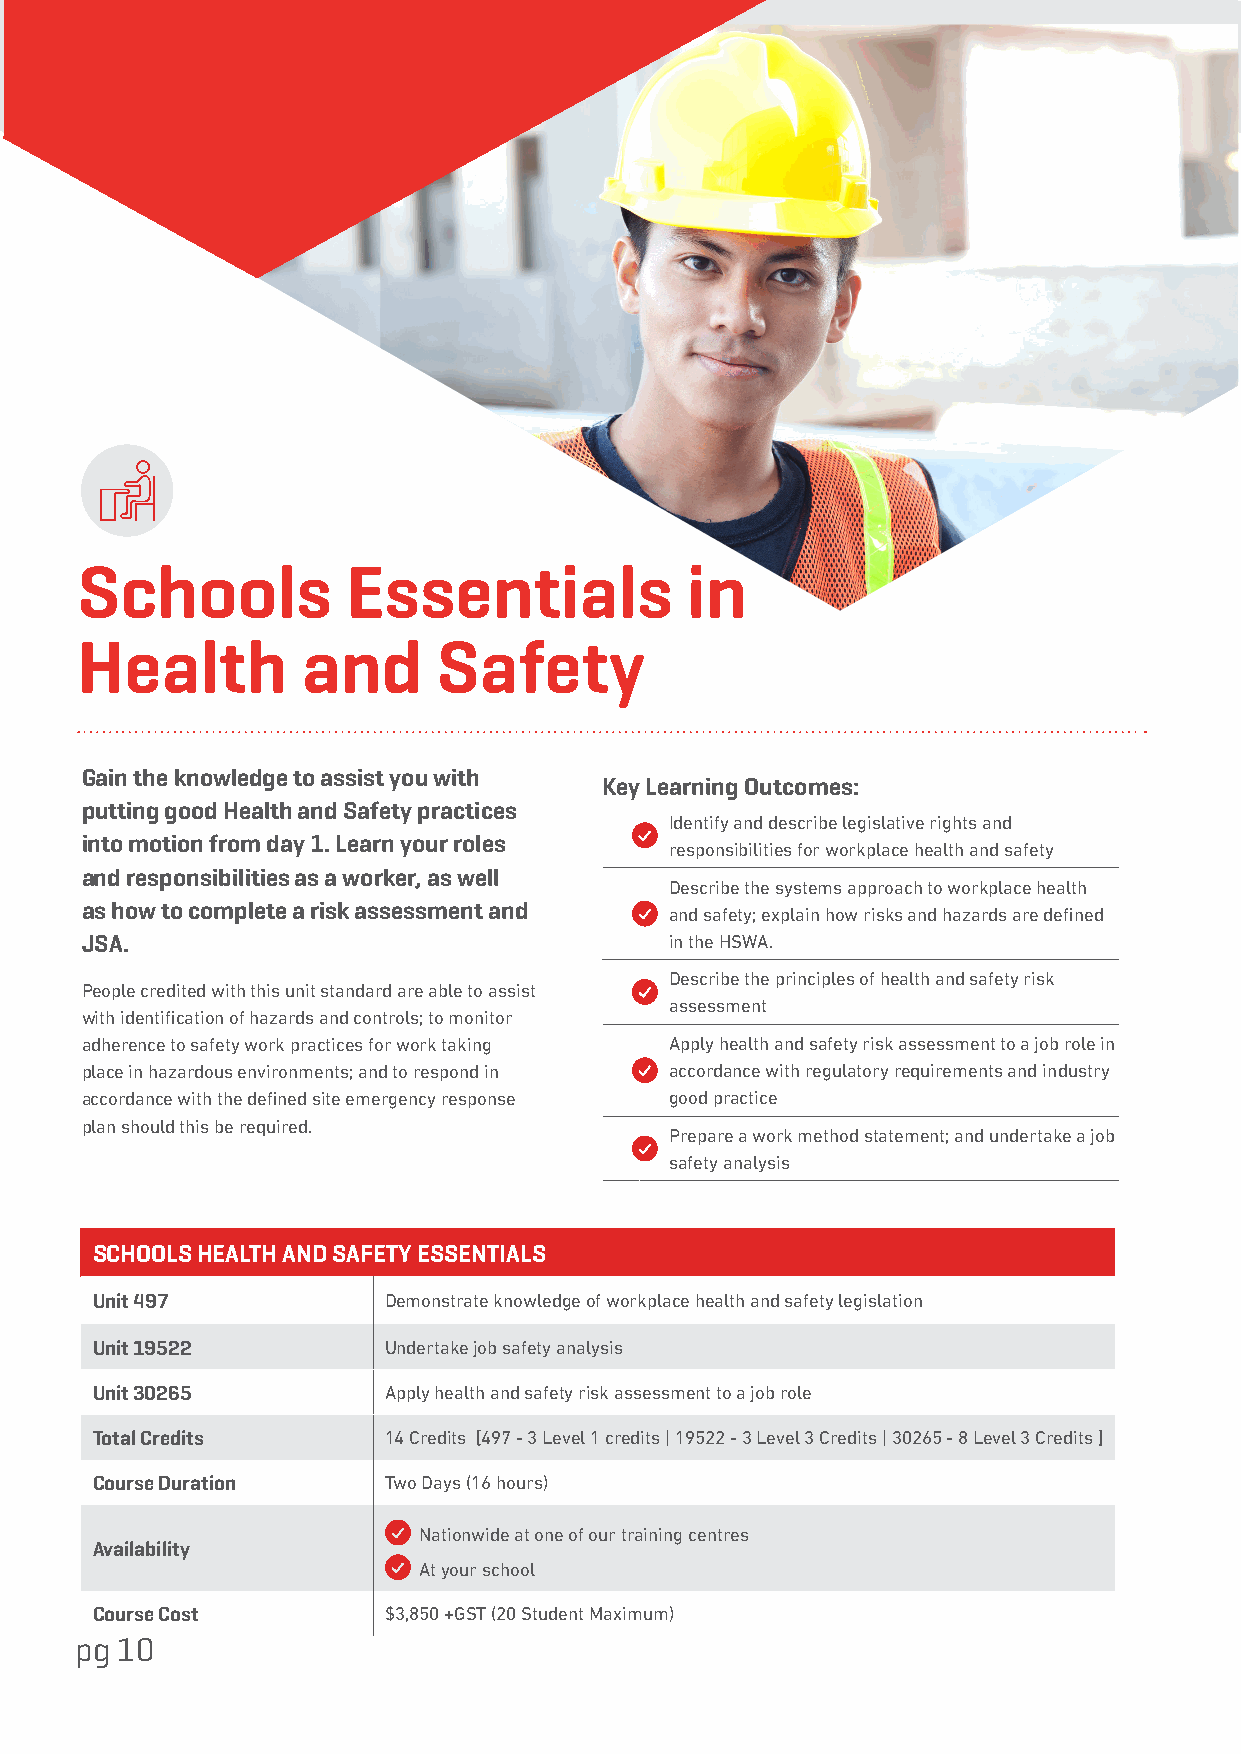
Schools           Essentials            in
 Health         and      Safety
 Gain the knowledge to assist you with
 Key Learning Outcomes:
 putting good Health and Safety practices
 Identify and describe legislative rights and
 into motion from day 1. Learn your roles
 responsibilities for workplace health and safety
 and responsibilities as a worker, as well
 Describe the systems approach to workplace health
 as how to complete a risk assessment and and safety; explain how risks and hazards are defined
 JSA.                                   in the HSWA.
 Describe the principles of health and safety risk
 People credited with this unit standard are able to assist
 assessment
 with identification of hazards and controls; to monitor
 adherence to safety work practices for work taking Apply health and safety risk assessment to a job role in
 place in hazardous environments; and to respond in accordance with regulatory requirements and industry
 accordance with the defined site emergency response good practice
 plan should this be required.
 Prepare a work method statement; and undertake a job
 safety analysis
 SCHOOLS HEALTH AND SAFETY ESSENTIALS
 Unit 497           Demonstrate knowledge of workplace health and safety legislation
 Unit 19522         Undertake job safety analysis
 Unit 30265         Apply health and safety risk assessment to a job role
 Total Credits      14 Credits [497 - 3 Level 1 credits | 19522 - 3 Level 3 Credits | 30265 - 8 Level 3 Credits ]
 Course Duration    Two Days (16 hours)
 Nationwide at one of our training centres
 Availability
 At your school
 Course Cost        $3,850 +GST (20 Student Maximum)
 pg 10